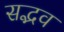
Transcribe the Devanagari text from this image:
सद्भव